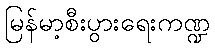
မြန်မာ့စီးပွားရေးကဏ္ဍ